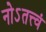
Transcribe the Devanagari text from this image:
नोऽतत्त्वं